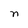
Character: n